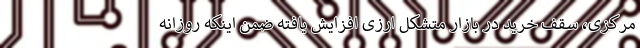
مرکزی، سقف خرید در بازار متشکل ارزی افزایش یافته ضمن اینکه روزانه